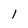
Character: 1